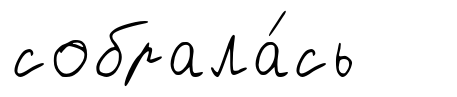
собрала́сь